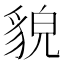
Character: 貌